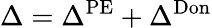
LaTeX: \Delta=\Delta^{\mathrm{PE}}+\Delta^{\mathrm{Don}}